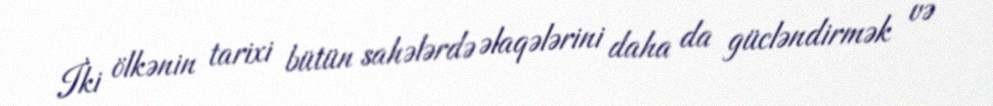
İki ölkənin tarixi bütün sahələrdə əlaqələrini daha da gücləndirmək və